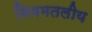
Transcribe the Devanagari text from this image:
विषमतलीय